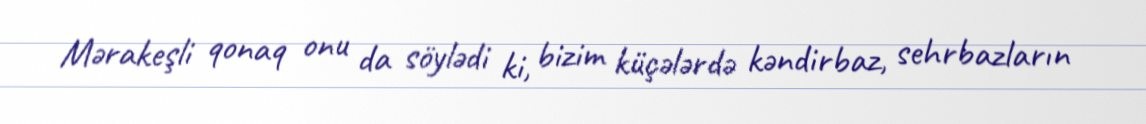
Mərakeşli qonaq onu da söylədi ki, bizim küçələrdə kəndirbaz, sehrbazların